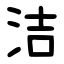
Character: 洁